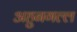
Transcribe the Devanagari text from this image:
अहुनगल्ल